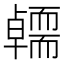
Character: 𭅭